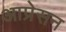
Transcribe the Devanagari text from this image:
आप्रेसन